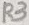
Text: R3